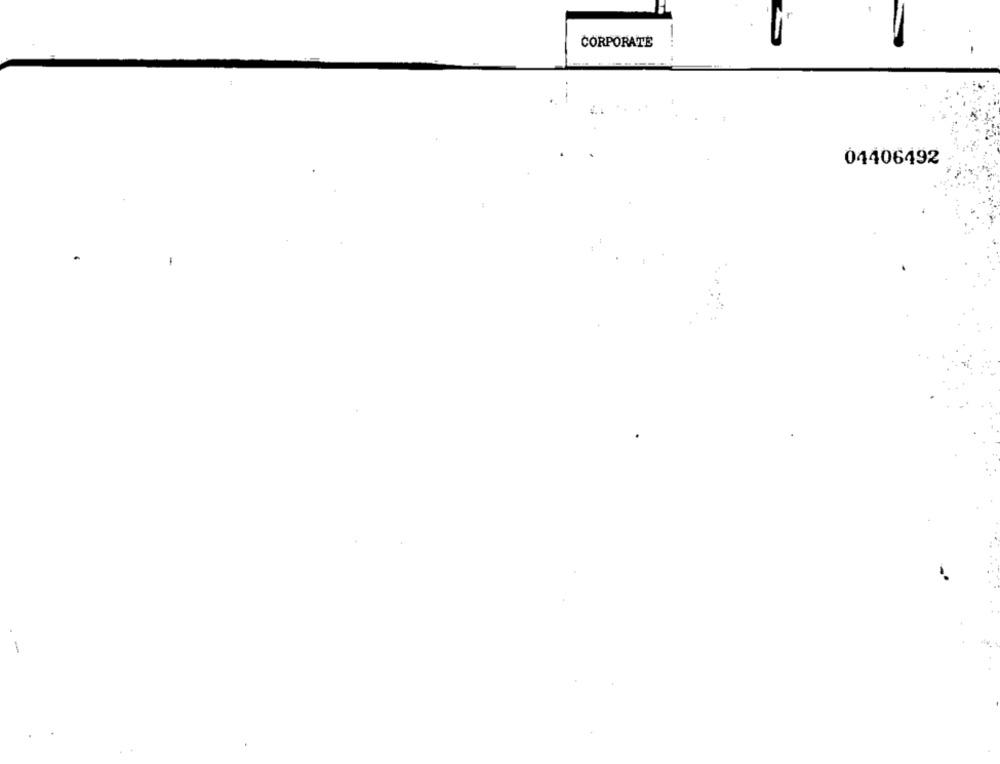
CORPORATE
04406492
-